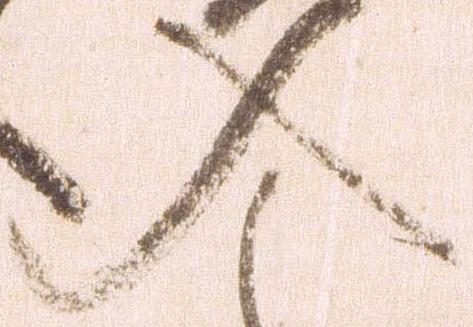
入